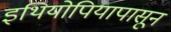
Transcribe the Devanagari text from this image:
इथियोपियापासून